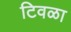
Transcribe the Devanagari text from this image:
टिवळा